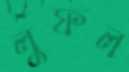
লুফল